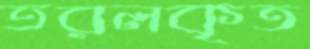
তরলকৃত